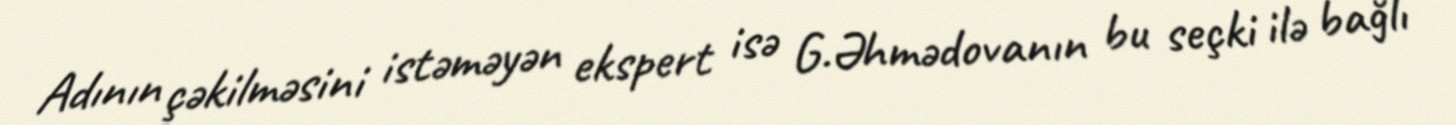
Adının çəkilməsini istəməyən ekspert isə G.Əhmədovanın bu seçki ilə bağlı